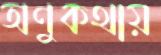
অণুকথায়